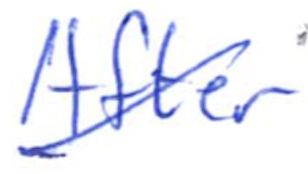
Text: After
Cross-out: diagonal
Writing tool: ballpoint